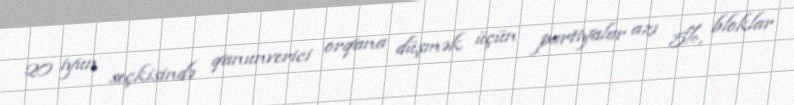
20 iyun seçkisində qanunverici orqana düşmək üçün partiyalar azı 5%, bloklar